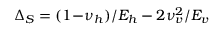
\Delta _ { S } = ( 1 \! - \! \nu _ { h } ) / E _ { h } - 2 \nu _ { v } ^ { 2 } / E _ { v }